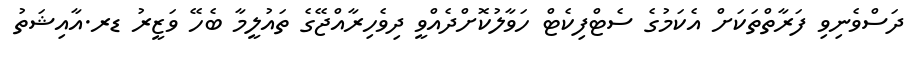
ދަސްވެނިވި ފަރާތްތަކަށް އެކަމުގެ ސެޓްފިކެޓް ހަވާލުކޮށްދެއްވީ ދިވެހިރާއްޖޭގެ ތައުލީމާ ބެހޭ ވަޒީރު ޑރ.އާއިޝަތު